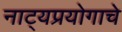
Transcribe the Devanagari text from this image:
नाट्यप्रयोगाचे